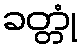
ခတ္တုံ